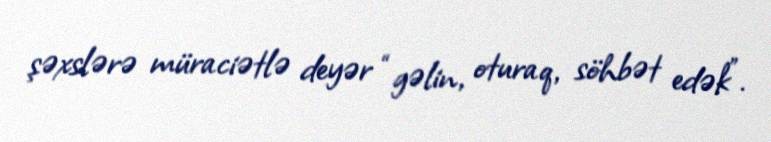
şəxslərə müraciətlə deyər “gəlin, oturaq, söhbət edək”.